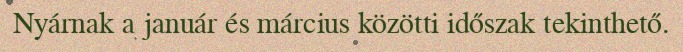
Nyárnak a január és március közötti időszak tekinthető.